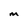
Character: M